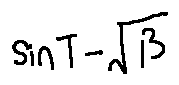
\sin T - \sqrt { \beta }